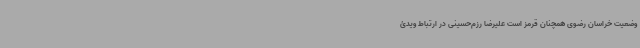
وضعیت خراسان رضوی همچنان قرمز است علیرضا رزم‌حسینی در ارتباط ویدئ